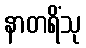
နာတရိံသု